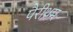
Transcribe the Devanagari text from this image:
पैरीथ्रम